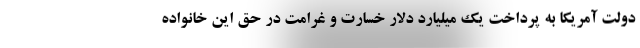
دولت آمریکا به پرداخت یک میلیارد دلار خسارت و غرامت در حق این خانواده